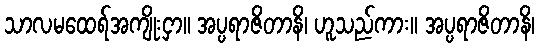
သာလမထေရ်အကျိုးငှာ။ အပ္ပရာဇိတာနိ၊ ဟူသည်ကား။ အပ္ပရာဇိတာနိ၊